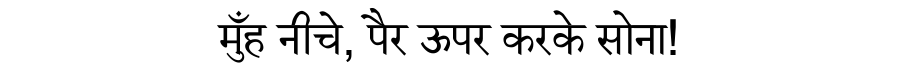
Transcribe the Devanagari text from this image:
मुँह नीचे, पैर ऊपर करके सोना!